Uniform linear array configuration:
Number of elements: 8
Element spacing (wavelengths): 1
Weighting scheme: exponential
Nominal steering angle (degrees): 30
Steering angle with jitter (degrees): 30.375
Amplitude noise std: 0.05
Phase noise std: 0.05

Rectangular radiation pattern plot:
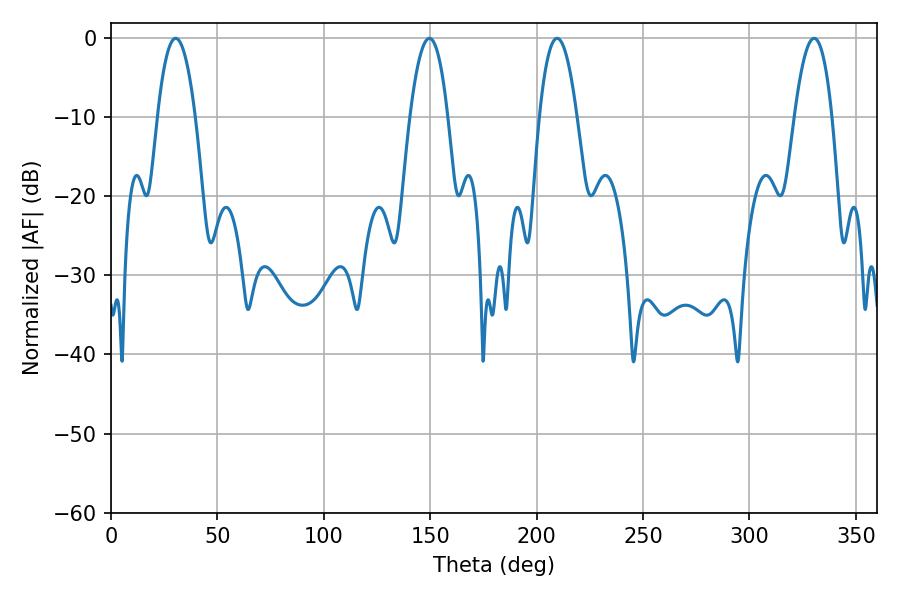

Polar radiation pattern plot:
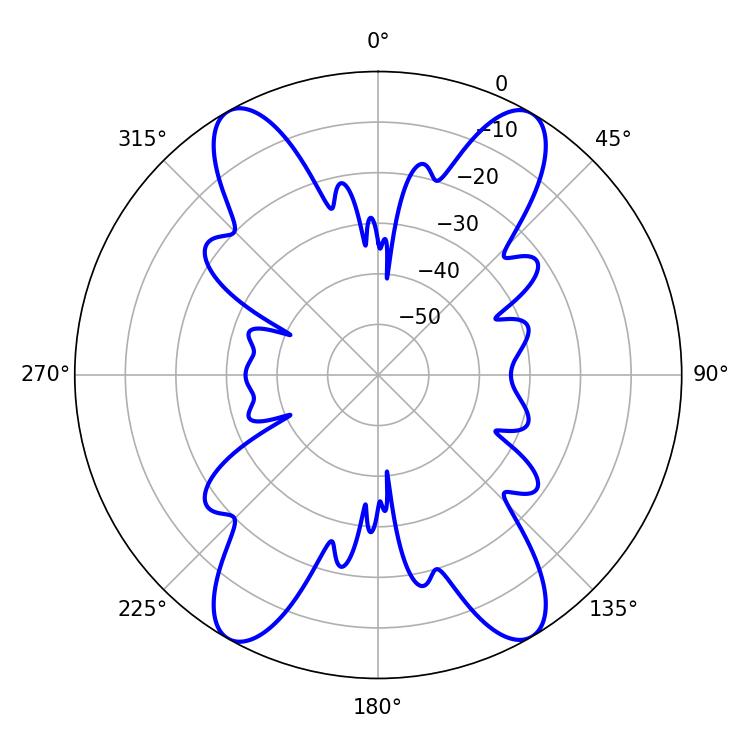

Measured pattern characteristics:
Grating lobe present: TRUE
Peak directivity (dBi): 30.326
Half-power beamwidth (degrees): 9.9
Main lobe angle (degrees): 30.42